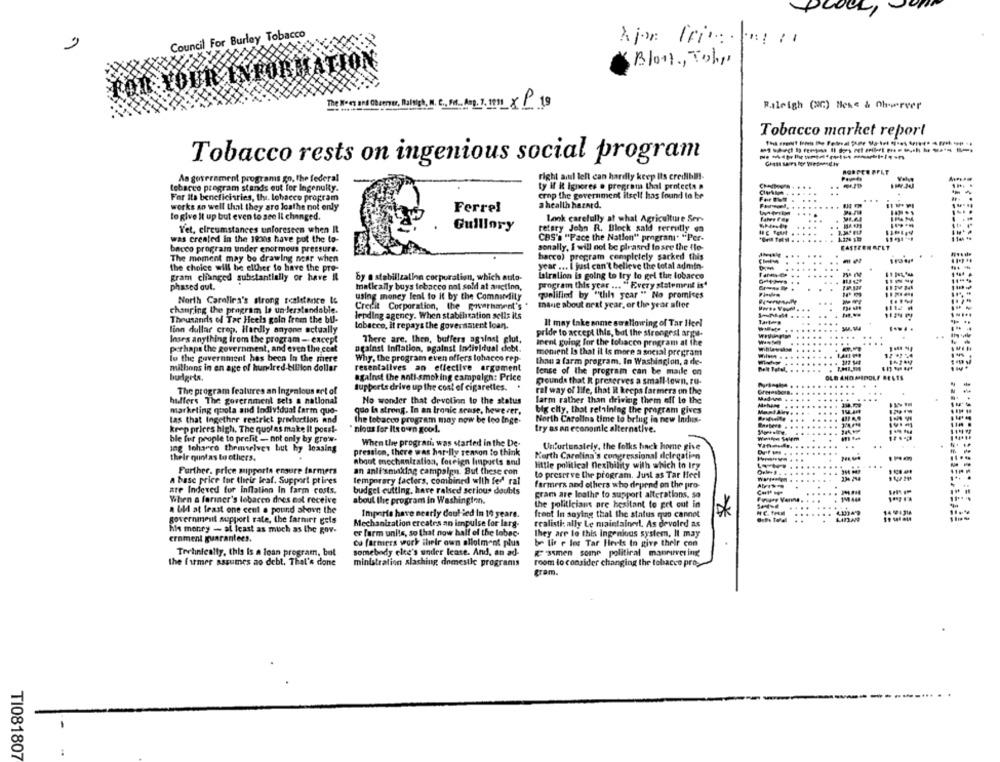
Council For Burley Tobacco
2
Bloot, Tuhy
Raleigh (Mc) Mese & Ohowever
The Noes and CBuenw, Maisgh, N.C. M. A.p. 7. 1991 XP 19
Tobacco market report
Tobacco rests on ingenious social program
right and left can hardly keep Its credibil !-
BORPEE FELT
As government programs go. the federal
tobacco program stands out for Ingenuity.
ty if it Ignores @ pregram thal protects .
For Its beneficiaries, thi. lohacco program
crop the government itsell has found to be
works an well that they aro loathe not only
a health hazard.
Ferre!
to give it up but even to see li changed.
Look carefully at what Agriculture Ser-
.
Guillory
retary John R. Block sald territly en
Yet, circumstances unforeseen when It
CBS's "Face the Nation" prograni. "Per-
was created in the 1930s have put the to-
.. .....
CASTEEN APLT
bacco program under enormous pressure.
sonally. I will not be pleased to see the flo-
The moment may be drawing near when
harco) program completely sacked this
year ... I just can't believe the total admin-
the choice will be either to have the pre-
gram changed substantially or have il
by a stabilization corporation, which auto-
Latralion is going to try to gel the tobacco
phased out.
matically buys tobacco not sold at auction,
program this year ... " Every statement is"
using money lent to it by the Community
quelifind by "tlils year " No promises
North Carolina's strong resletenice &
Creeit Corporation, the government's
Ihave about next year, or the year after
...
changing the program la un lerstendoble.
.....
Thousands of Tar Heels goin from the bil-
lending agency. When stabilization sells its
...
tobacco, it repays the government loan.
It may take onme swallowing of Tar Ileel
....
linn dullar crep, Hardly anyone actually
pride to accept this, but the strongest argu-
:**
Inses anything from the program - except
There are, then, buffers against glut,
inent going for the tobacco program at the
...
perhaps the government, and even the coat
against Inflation, against Individual debt.
lo the government has been In the mere
Why, the program even offers lohacco rep-
moment Is that il is more a social pregram
millons in en age of hundred-billion dollar
resentalives an effective argoment
than a farm program. In Washington, a de-
lense of the program can be maile on
.....
budgets.
against the anti-smoking campaign: Price
pounds that R preserves a small-town, ru-
OLE AND MIDDLE BELTS
Supports drive up the cost of cigarettes.
.....
The program features an Ingenious ert of
ral way of life, that it keeps farmers on the
hulfers The government sets a national
No wonder that devotion to the status
farm rather than driving them off to the
....
marketing quota and Individual farm quo-
guo la strong. In an Ironic sense, however,
big city, that retaining the program gives
....
tas that Ingether restrict production and
the tobacco program may now be leo Inge-
North Carolina time to bring in new Indus-
...
krop prices high. The quoles make It poes !-
" nious for Its oven good !.
try as an economic alternative.
....
ble for people to prefit - not only by gre's-
When the progratis was started in the De-
ing toharco themselves but hy leasing
Unfortunately, the folks hack home give
their quintas to others.
pression, there was her lly reason to think
Kerth Carolina's congressional delegation
About mechanization, foreign linports and
little political Dexibility with which to try
...
Further. price mipports ensure farmers
an anli'smaxfag campaign. But these con
a base price for their leaf. Support ptires
temporary factors, combine
nbined with fer ral
to preserve the program. Just as Tar Heel
..
farmers and others who depend on the pro-
are Indexed for inflation In farm costs.
budget cutting, have raised serious doubts
gram are loathe to support alterations, so
When a fariner's lebacco does not receive
about the program in Washington.
the politicians are hesitant to get out in
a bld at least one cent a pound above the
Importe have nearly doul ied In 10 years.
front In saying that the status quo cannet
*
government support rate, the farmirr gels
Mechanization creates an impulse for larg-
realisti ally Le nizintainer, As devoled as
his money - at least as much as the gov-
er farm units, so that now half of the lobec-
They are lo this ingenious system, It may
ernment guarantees.
co farmers work their own allotment plus
be lis e les Tar Heels In give their con
Trehinically, this Is a loan program, bol
somebody else's under lease. And, an ad-
Ramen some political maneuvering
the fumer assumes ao debt. That's done
ministration slashing domestle progranis
room lo consider changing the tobacco pro,
gram.
TI081807